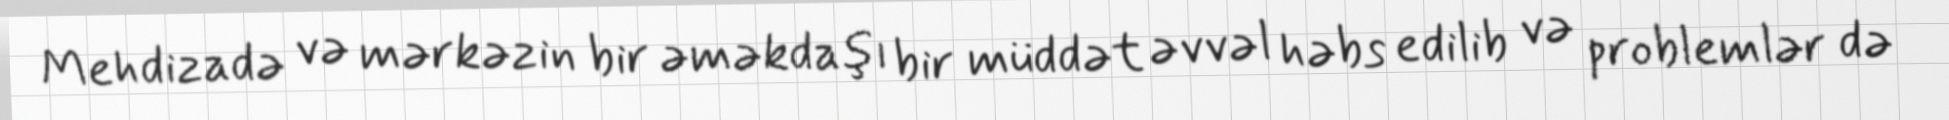
Mehdizadə və mərkəzin bir əməkdaşı bir müddət əvvəl həbs edilib və problemlər də